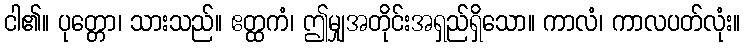
ငါ၏။ ပုတ္တော၊ သားသည်။ ဧတ္ထကံ၊ ဤမျှအတိုင်းအရှည်ရှိသော။ ကာလံ၊ ကာလပတ်လုံး။